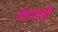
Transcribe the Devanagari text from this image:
शारणी